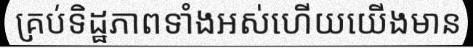
គ្រប់ទិដ្ឋភាពទាំងអស់ហើយយើងមាន